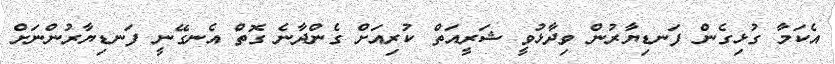
އެކަމާ ގުޅިގެން ފަނޑިޔާރުން ވިދާޅުވީ ޝަރީއަތް ކުރިއަށް ގެންދާނެ ގޮތް އެނގޭނީ ފަނޑިޔާރުންނަށް